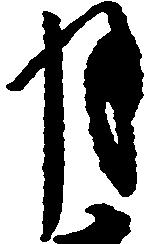
月